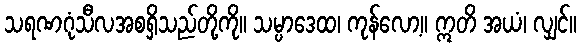
သရဏဂုံသီလအစရှိသည်တို့ကို။ သမ္ပာဒေထ၊ ကုန်လော့။ ဣတိ အယံ၊ လျှင်။